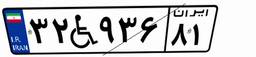
۳۲W۹۳۶۸۱